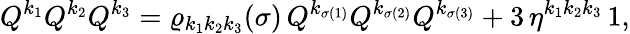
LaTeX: Q^{k_{1}}Q^{k_{2}}Q^{k_{3}}=\varrho_{k_{1}k_{2}k_{3}}(\sigma)\, Q^{k_{\sigma(1)}}Q^{k_{\sigma(2)}}Q^{k_{\sigma(3)}}+3\, {\eta}^{k_{1}k_{2}k_{3}}\, 1,